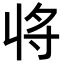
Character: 𭔬